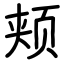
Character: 颊